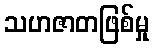
သဟဇာတဖြစ်မှု